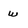
Character: w